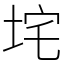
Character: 垞